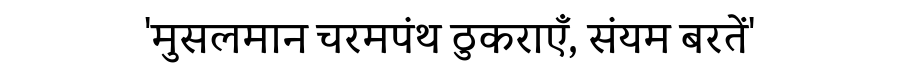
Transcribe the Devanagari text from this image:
'मुसलमान चरमपंथ ठुकराएँ, संयम बरतें'